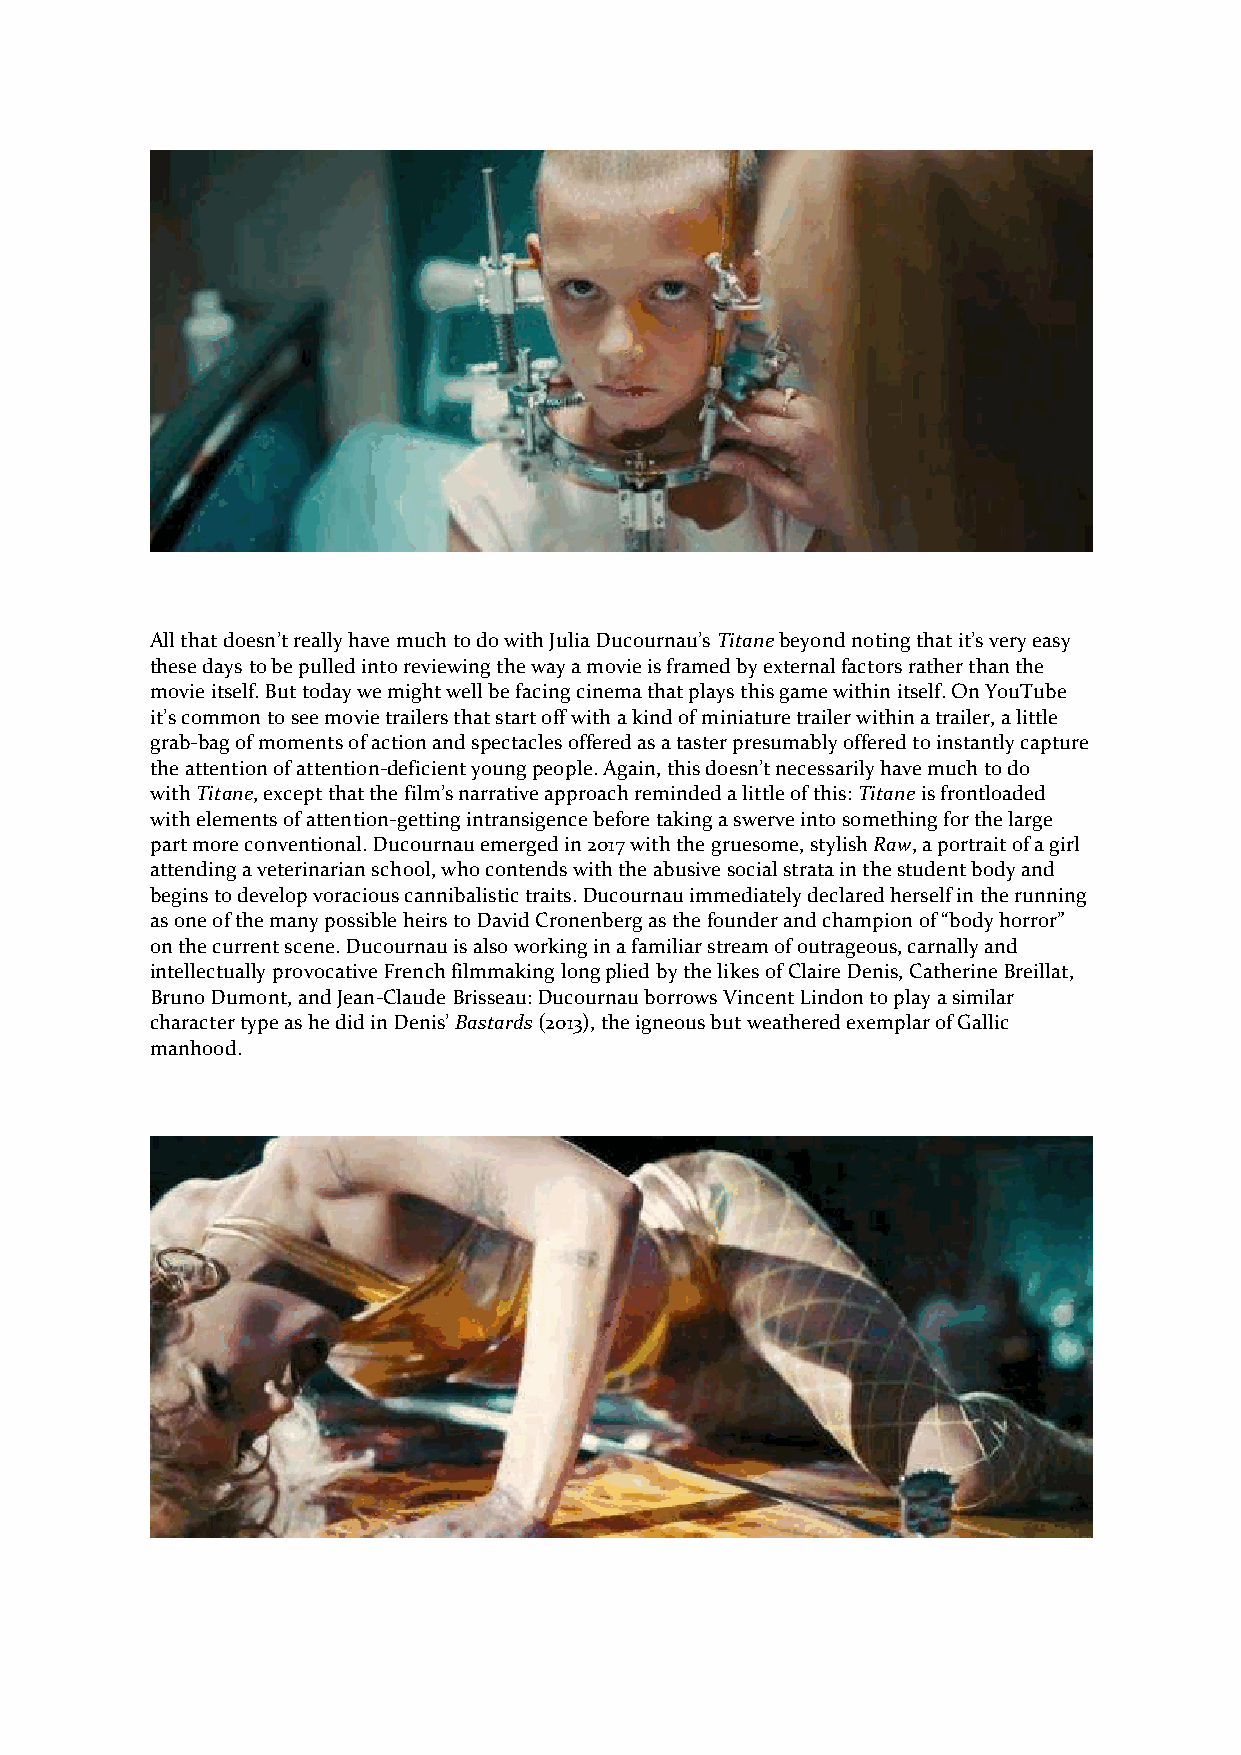
All that doesn’t really have much to do with Julia Ducournau’s Titane beyond noting that it’s very easy
 these days to be pulled into reviewing the way a movie is framed by external factors rather than the
 movie itself. But today we might well be facing cinema that plays this game within itself. On YouTube
 it’s common to see movie trailers that start off with a kind of miniature trailer within a trailer, a little
 grab-bag of moments of action and spectacles offered as a taster presumably offered to instantly capture
 the attention of attention-deficient young people. Again, this doesn’t necessarily have much to do
 with Titane, except that the film’s narrative approach reminded a little of this: Titane is frontloaded
 with elements of attention-getting intransigence before taking a swerve into something for the large
 part more conventional. Ducournau emerged in 2017 with the gruesome, stylish Raw, a portrait of a girl
 attending a veterinarian school, who contends with the abusive social strata in the student body and
 begins to develop voracious cannibalistic traits. Ducournau immediately declared herself in the running
 as one of the many possible heirs to David Cronenberg as the founder and champion of “body horror”
 on the current scene. Ducournau is also working in a familiar stream of outrageous, carnally and
 intellectually provocative French filmmaking long plied by the likes of Claire Denis, Catherine Breillat,
 Bruno Dumont, and Jean-Claude Brisseau: Ducournau borrows Vincent Lindon to play a similar
 character type as he did in Denis’ Bastards (2013), the igneous but weathered exemplar of Gallic
 manhood.